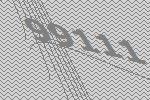
99111